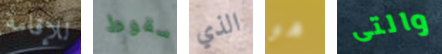
للإقامة سقوط الذي هو والتى